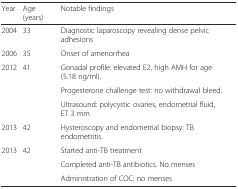
<table><thead><tr><td><b>Year</b></td><td><b>Age (years)</b></td><td><b>Notable findings</b></td></tr></thead><tbody><tr><td>2004</td><td>33</td><td>Diagnostic laparoscopy revealing dense pelvic adhesions</td></tr><tr><td>2006</td><td>35</td><td>Onset of amenorrhea</td></tr><tr><td>2012</td><td>41</td><td>Gonadal profile: elevated E2, high AMH for age (5.18 ng/ml).</td></tr><tr><td></td><td></td><td>Progesterone challenge test: no withdrawal bleed.</td></tr><tr><td></td><td></td><td>Ultrasound: polycystic ovaries, endometrial fluid, ET 3 mm</td></tr><tr><td>2013</td><td>42</td><td>Hysteroscopy and endometrial biopsy: TB endometritis.</td></tr><tr><td>2013</td><td>42</td><td>Started anti-TB treatment</td></tr><tr><td></td><td></td><td>Completed anti-TB antibiotics. No menses</td></tr><tr><td></td><td></td><td>Administration of COC: no menses</td></tr></tbody></table>